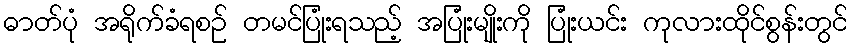
ဓာတ်ပုံ အရိုက်ခံရစဉ် တမင်ပြုံးရသည့် အပြုံးမျိုးကို ပြုံးယင်း ကုလားထိုင်စွန်းတွင်